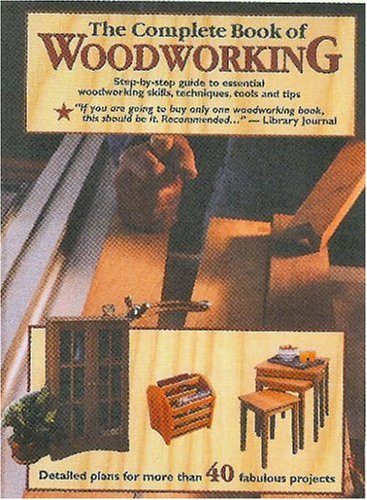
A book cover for The Complete Book of Woodworking: Detailed Plans for More Than 40 Fabulous Projects; Crafts, Hobbies & Home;